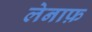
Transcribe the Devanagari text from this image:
लेनाफ़